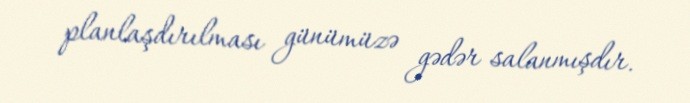
planlaşdırılması günümüzə gədər salanmışdır.